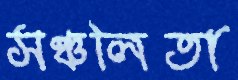
সঞ্চলিতা